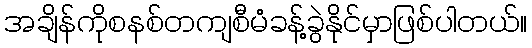
အချိန်ကိုစနစ်တကျစီမံခန့်ခွဲနိုင်မှာဖြစ်ပါတယ်။